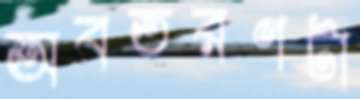
অবতরণটা